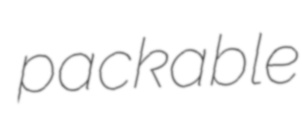
packable